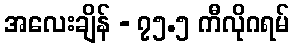
အလေးချိန် - ၇၅.၅ ကီလိုဂရမ်